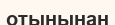
отынынан